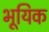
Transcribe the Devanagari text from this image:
भूयिक